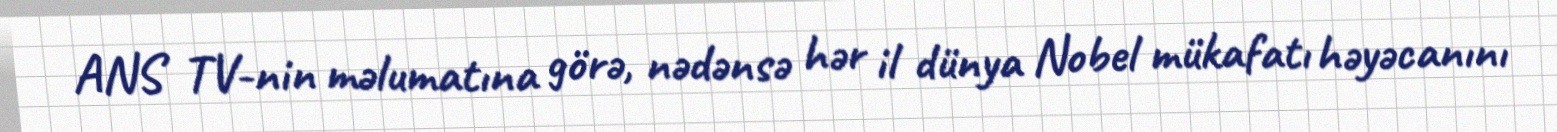
ANS TV-nin məlumatına görə, nədənsə hər il dünya Nobel mükafatı həyəcanını